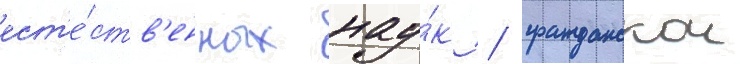
ест'е́ств'енных нау́к / гражданскои